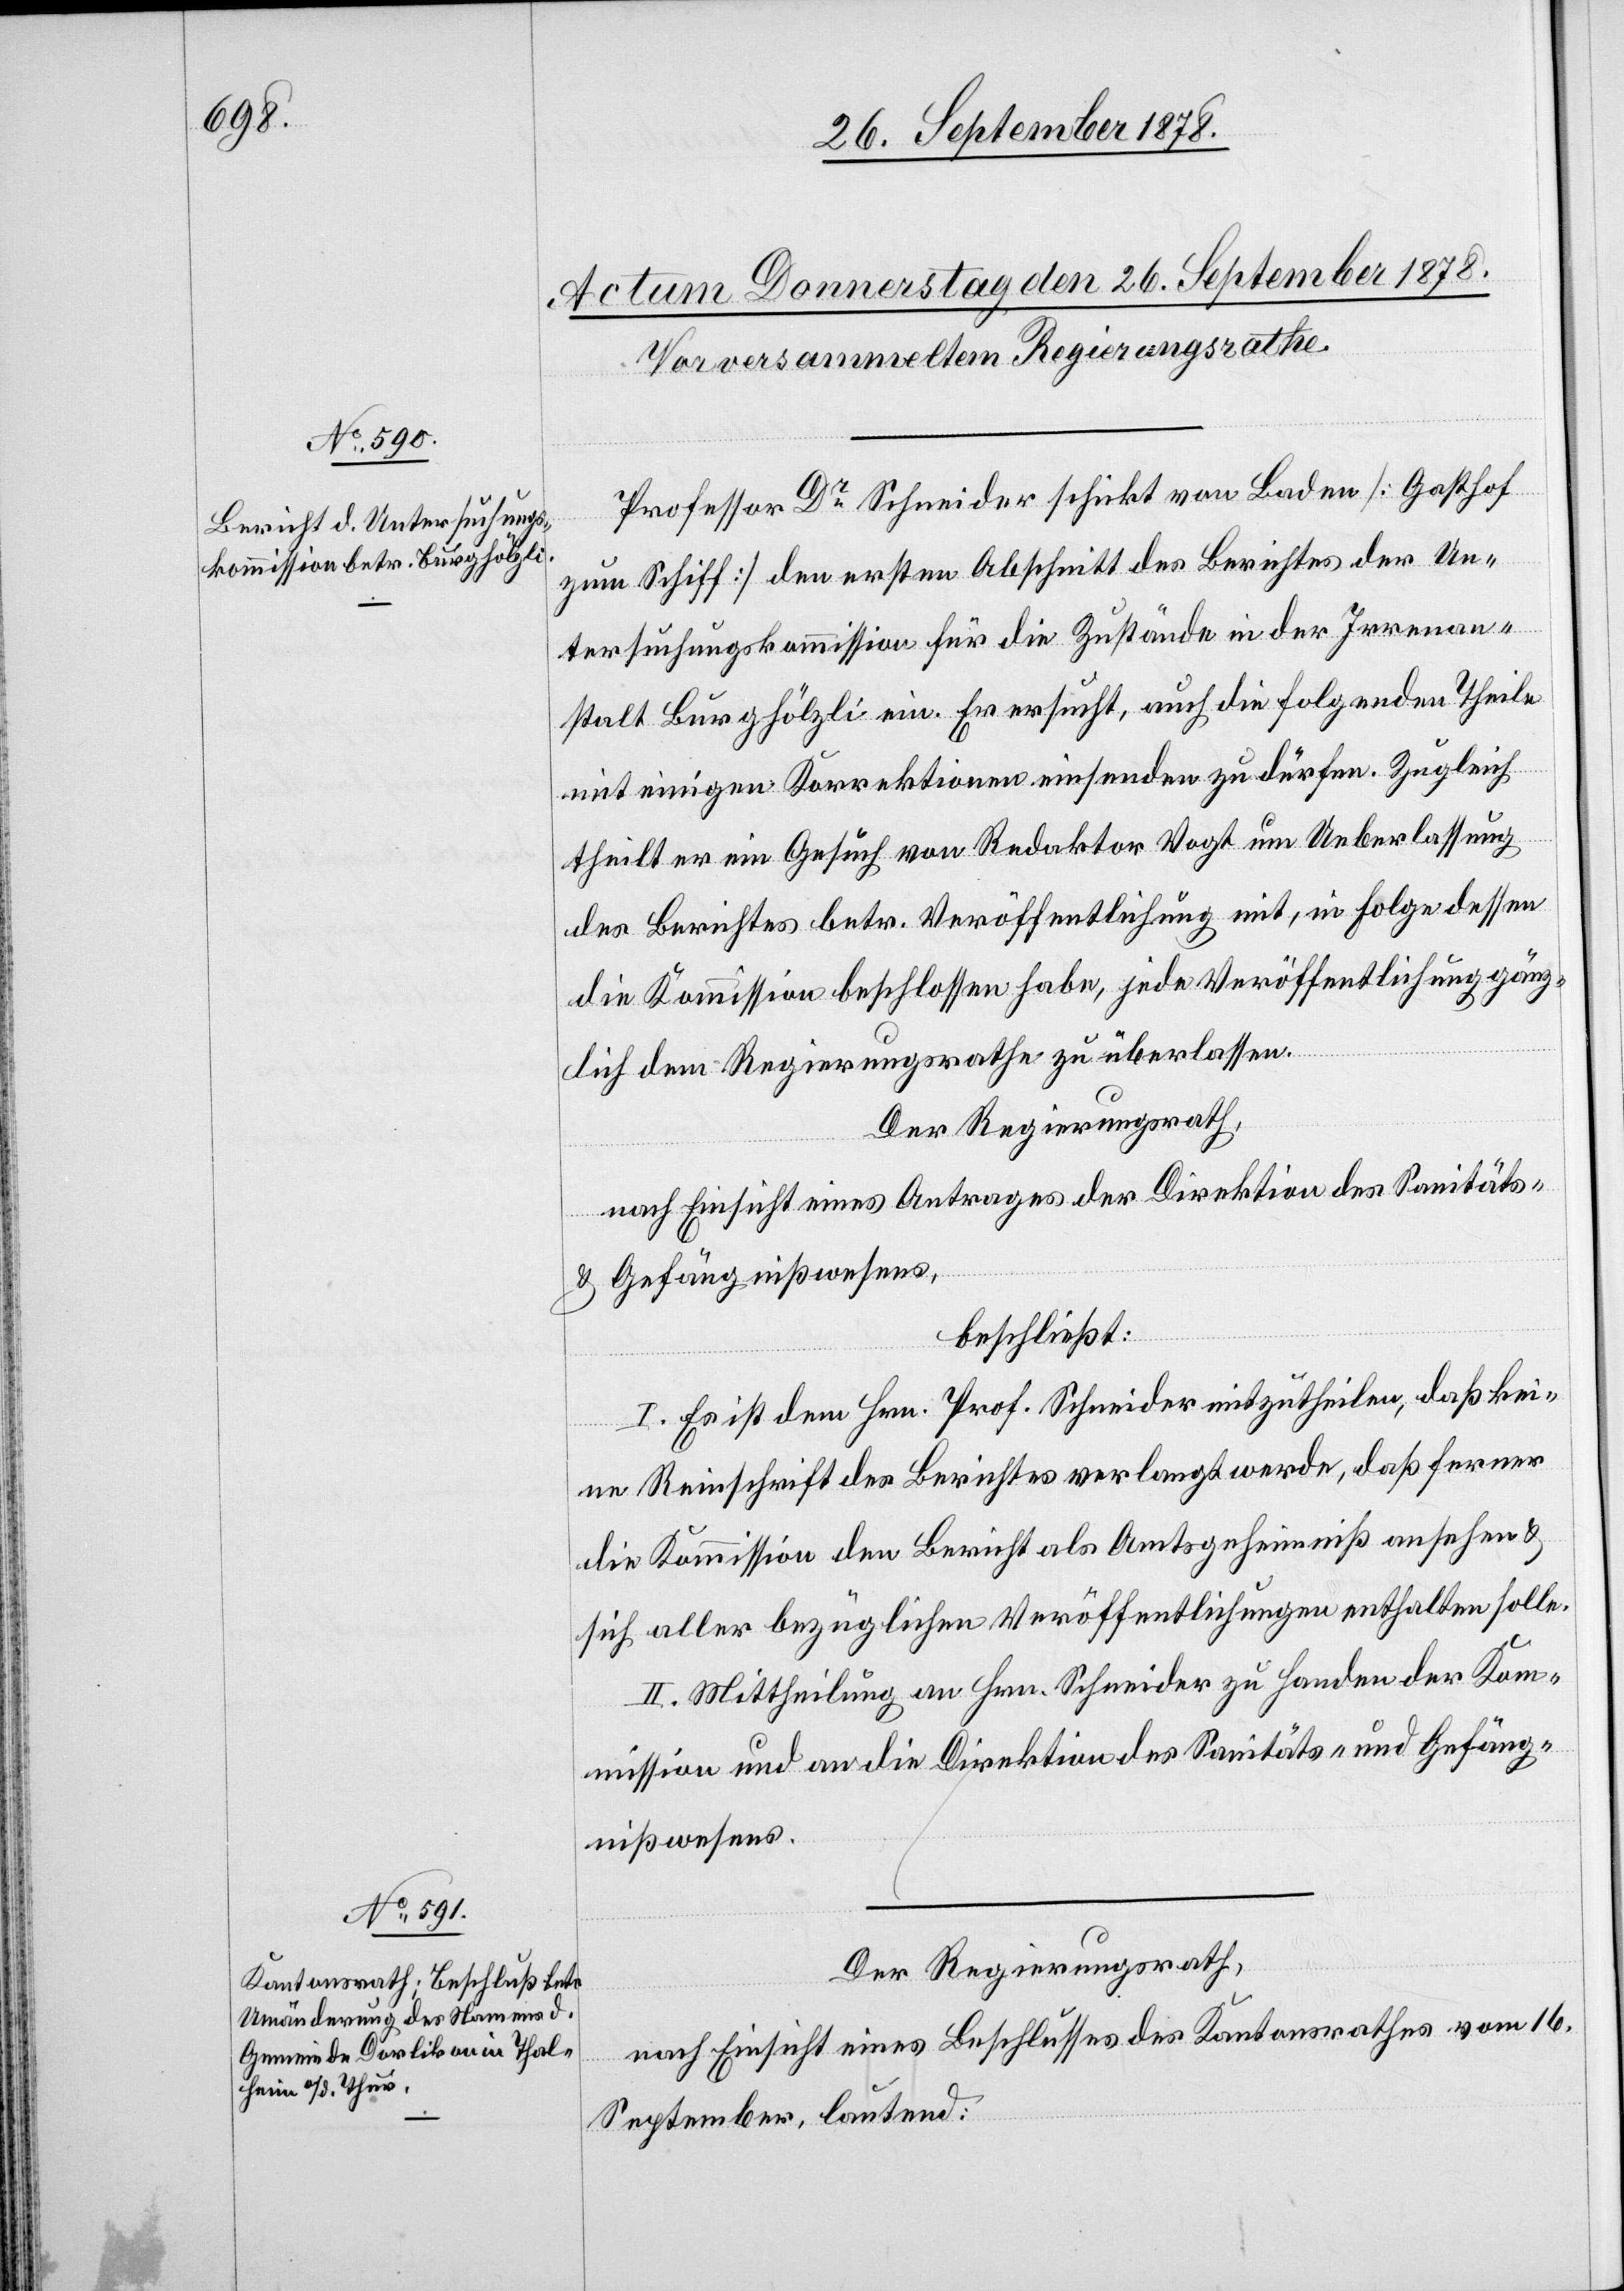
Professor Dr Schneider schickt von Baden [Gasthof
zum Schiff] den ersten Abschnitt des Berichtes der Un¬
tersuchungskommission für die Zustände in der Irrenan¬
stalt Burghölzli ein. Er ersucht, auch die folgenden Theile
mit einigen Korrektionen einsenden zu dürfen. Zugleich
theilt er ein Gesuch von Redaktor Vogt um Ueberlassung
des Berichtes betr. Veröffentlichung mit, in Folge dessen
die Kommission beschlossen habe, jede Veröffentlichung gänz¬
lich dem Regierungsrathe zu überlassen.
Der Regierungsrath,
nach Einsicht eines Antrages der Direktion des Sanitäts-
& Gefängnißwesens,
beschließt:
I. Es ist dem Hrn. Prof. Schneider mitzutheilen, daß kei¬
ne Reinschrift des Berichtes verlangt werde, daß ferner
die Kommission den Bericht als Amtsgeheimniß ansehe &
sich aller bezüglichen Veröffentlichungen enthalten solle.
II. Mittheilung an Hrn. Schneider zu Handen der Kom¬
mission und an die Direktion des Sanitäts- & Gefäng¬
nißwesens.
Der Regierungsrath,
nach Einsicht eines Beschlusses des Kantonsrathes vom 16.
September, lautend: